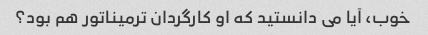
خوب، آیا می دانستید که او کارگردان ترمیناتور هم بود؟